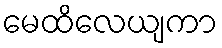
မေထိလေယျကာ